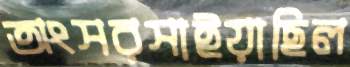
অংসরসাইয়াছিল